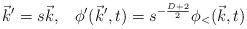
\begin{align*}\vec{k}' = s \vec{k}, \; \; \; \phi '(\vec{k}',t) = s^{- \frac{D+2}{2}} \phi_< (\vec{k},t)\end{align*}